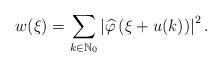
LaTeX: \begin{align*}w(\xi)=\sum_{k\in \mathbb N_0}\left|\widehat{\varphi}\left(\xi+u(k)\right)\right|^2.\end{align*}